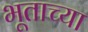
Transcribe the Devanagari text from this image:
भूताच्या